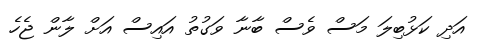
އަދި ކަޅުބިލަ މަސް ވެސް ބާނާ ވަގުތު އައިސް އަށް ލާން ޖެހެ